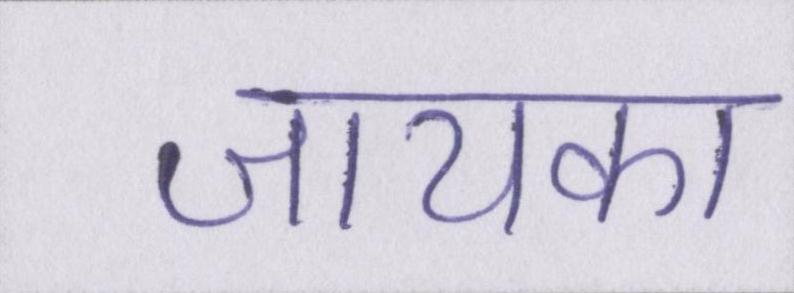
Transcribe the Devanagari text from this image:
जायका